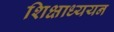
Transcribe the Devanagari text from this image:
शिक्षाध्ययन